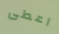
اعطى